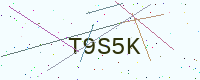
Text: T9S5K